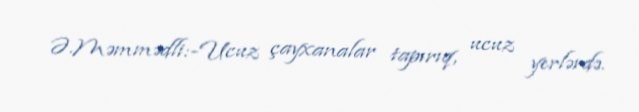
Ə.Məmmədli:-Ucuz çayxanalar tapırıq, ucuz yerlərdə.